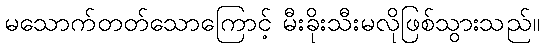
မသောက်တတ်သောကြောင့် မီးခိုးသီးမလိုဖြစ်သွားသည်။